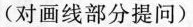
(对画线部分提问)